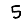
Digit: 5